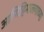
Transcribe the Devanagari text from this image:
आणिहिमालयाच्या